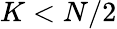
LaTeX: K<N/2